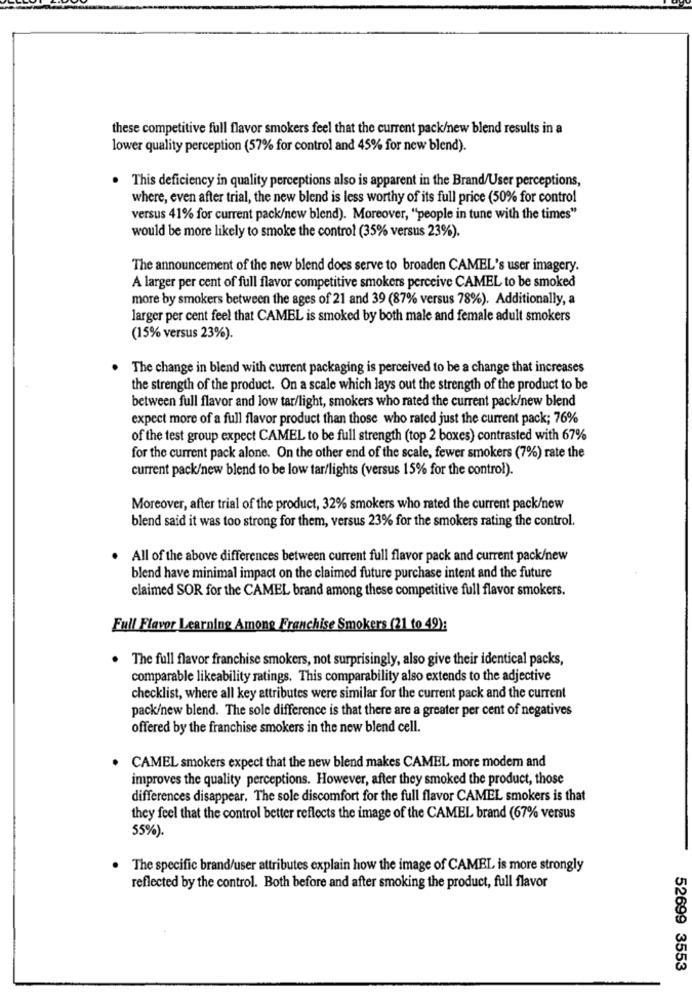
these competitive full flavor smokers feel that the current pack/new blend results in a
lower quality perception (57% for control and 45% for new blend).
. This deficiency in quality perceptions also is apparent in the Brand/User perceptions,
where, even after trial, the new blend is less worthy of its full price (50% for control
versus 41% for current pack/new blend). Moreover, "people in tune with the times"
would be more likely to smoke the control (35% versus 23%).
The announcement of the new blend does serve to broaden CAMEL's user imagery.
A larger per cent of full flavor competitive smokers perceive CAMEL to be smoked
more by smokers between the ages of 21 and 39 (87% versus 78%). Additionally, a
larger per cent feel that CAMEL is smoked by both male and female adult smokers
(15% versus 23%).
The change in blend with current packaging is perceived to be a change that increases
the strength of the product. On a scale which lays out the strength of the product to be
between full flavor and low tar/light, smokers who rated the current pack/new blend
expect more of a full flavor product than those who rated just the current pack; 76%
of the test group expect CAMEL to be full strength (top 2 boxes) contrasted with 67%
for the current pack alone. On the other end of the scale, fewer smokers (7%) rate the
current pack/new blend to be low tar/lights (versus 15% for the control).
Moreover, after trial of the product, 32% smokers who rated the current pack/new
blend said it was too strong for them, versus 23% for the smokers rating the control.
All of the above differences between current full flavor pack and current pack/new
blend have minimal impact on the claimed future purchase intent and the future
claimed SOR for the CAMEL brand among these competitive full flavor smokers.
Full Flavor Learning Among Franchise Smokers (21 to 49):
. The full flavor franchise smokers, not surprisingly, also give their identical packs,
comparable likeability ratings. This comparability also extends to the adjective
checklist, where all key attributes were similar for the current pack and the current
pack/new blend. The sole difference is that there are a greater per cent of negatives
offered by the franchise smokers in the new blend cell.
CAMEL smokers expect that the new blend makes CAMEL more modern and
improves the quality perceptions. However, after they smoked the product, those
differences disappear. The sole discomfort for the full flavor CAMEL smokers is that
they feel that the control better reflects the image of the CAMEL brand (67% versus
55%).
. The specific brand/user attributes explain how the image of CAMEL is more strongly
reflected by the control. Both before and after smoking the product, full flavor
52699 3553